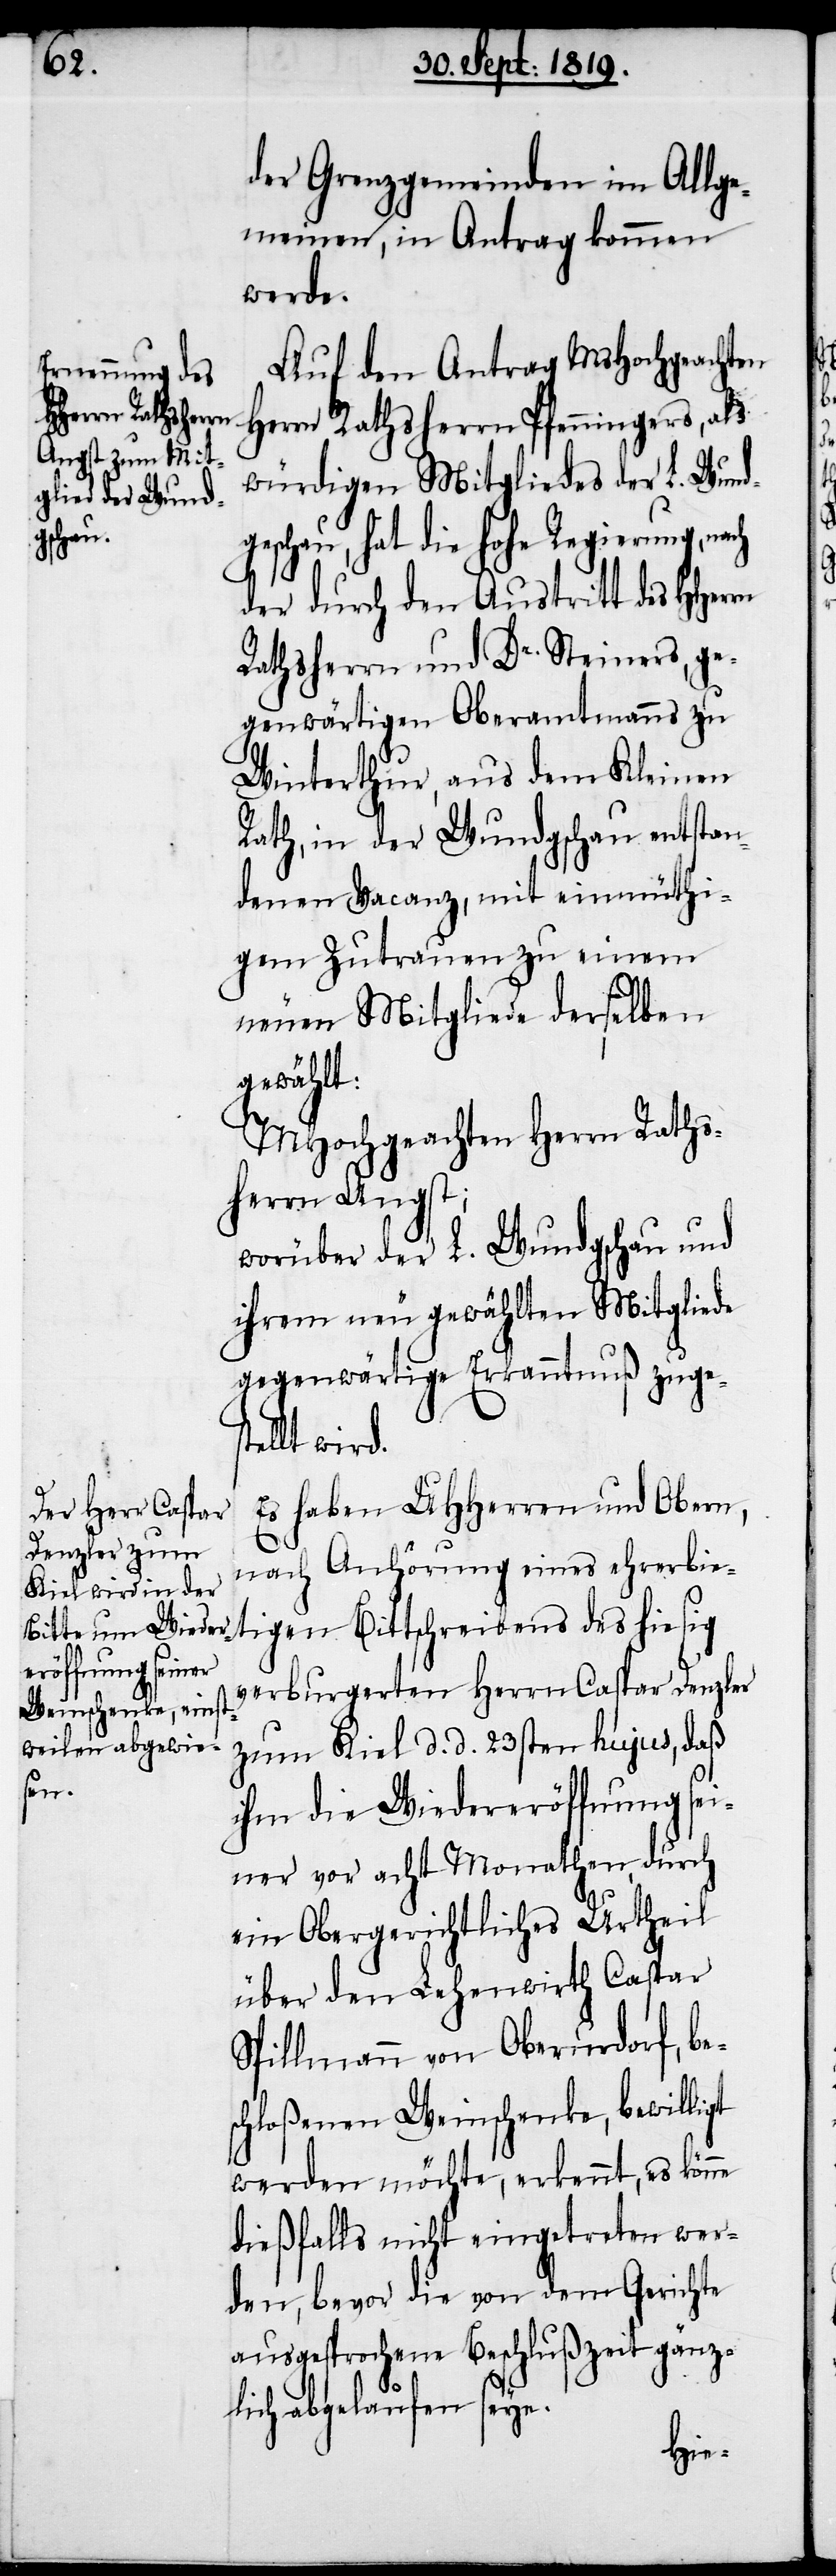
der Grenzgemeinden im Allge¬
meinen, in Antrag kommen
werde.
Auf den Antrag MsHochgeachten
Herrn Rathsherrn Pfenningers, als
würdigen Mitgliedes der L. Wund¬
geschau, hat die hohe Regierung, nach
der durch den Austritt des HHerrn
Rathsherrn und Dr. Steiners, ge¬
genwärtigen Oberamtmanns zu
Winterthur, aus dem Kleinen
Rath, in der Wundgschau entstan¬
denen Vacanz, mit einmüthi¬
gem Zutrauen zu einem
neuen Mitgliede derselben
gewählt:
MHochgeachten Herrn Raths¬
herrn Angst;
worüber der L. Wundgschau und
ihrem neu gewählten Mitgliede
gegenwärtige Erkanntnuß zugest¬
ellt wird.
Es haben UHHerren und Obern,
nach Anhörung eines ehrerbie¬
tigen Bittschreibens des hiesig
verburgerten Herrn Caspar Denzler
zum Kiel d. d. 23sten hujus, daß
ihm die Wiedereröffnung sei¬
ner vor acht Monathen, durch
ein Obergerichtliches Urtheil
über den Lehenwirth Caspar
Spillmann von Oberurdorf, be¬
schloßenen Weinschenke, bewilligt
werden möchte, erkennt, es könne
dießfalls nicht eingetreten wer¬
den, bevor die von dem Gerichte
ausgesprochene Beschlußzeit gänz¬
lich abgelaufen seye.